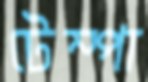
টেম্পা